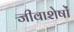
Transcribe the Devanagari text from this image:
जीवाशेषों